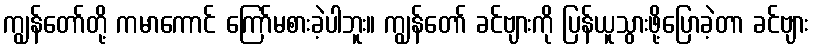
ကျွန်တော်တို့ ကမာကောင် ကြော်မစားခဲ့ပါဘူး။ ကျွန်တော် ခင်ဗျားကို ပြန်ယူသွားဖို့ပြောခဲ့တာ ခင်ဗျား